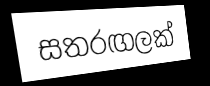
සතරඟලක්